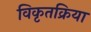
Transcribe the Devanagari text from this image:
विकृतक्रिया